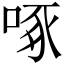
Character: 啄